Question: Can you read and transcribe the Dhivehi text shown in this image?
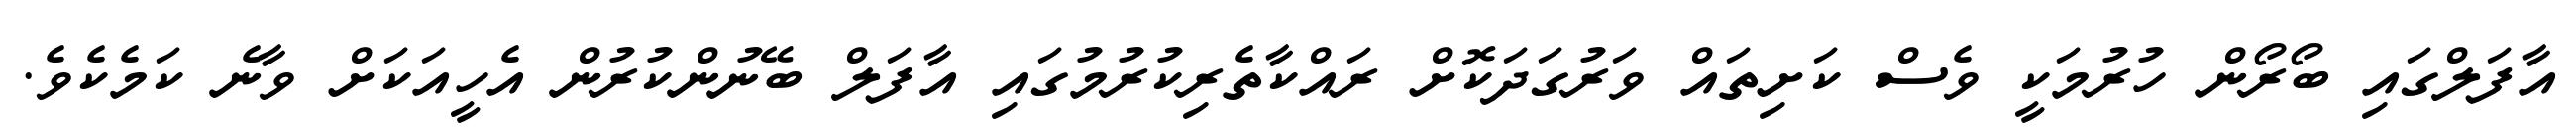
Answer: އާފަލްގައި ބޯރޯން ހުރުމަކީ ވެސް ކަށިތައް ވަރުގަދަކޮށް ރައްކާތެރިކުރުމުގައި އާފަލް ބޭނުންކުރުން އެހީއަކަށް ވާނެ ކަމެކެވެ.